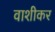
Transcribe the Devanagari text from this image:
वाशीकर